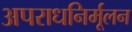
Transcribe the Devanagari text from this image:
अपराधनिर्मूलन